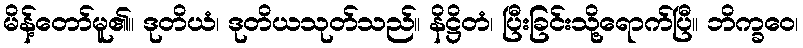
မိန့်တော်မူ၏။ ဒုတိယံ၊ ဒုတိယသုတ်သည်။ နိဋ္ဌိတံ၊ ပြီးခြင်းသို့ရောက်ပြီ။ ဘိက္ခဝေ၊